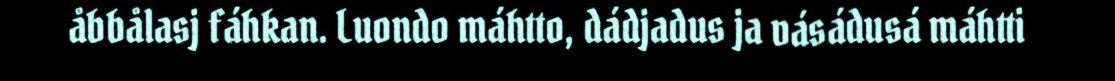
åbbålasj fáhkan. Luondo máhtto, dádjadus ja vásádusá máhtti